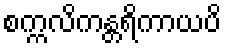
စက္ကလိကန္တရိကာယပိ